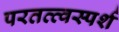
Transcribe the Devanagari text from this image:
परतत्त्वस्पर्श